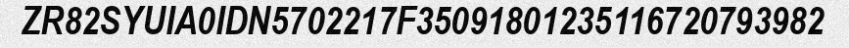
ZR82SYUIA0IDN5702217F35091801235116720793982